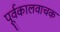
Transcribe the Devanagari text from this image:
पूर्वकालवाचक